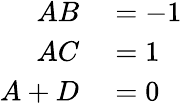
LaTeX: \begin{array}{rl}{AB}&{{}=-1}\\ {AC}&{{}=1}\\ {A+D}&{{}=0}\end{array}